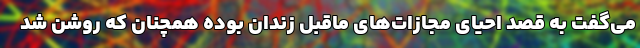
می‌گفت به قصد احیای مجازات‌های ماقبل زندان بوده همچنان که روشن شد